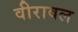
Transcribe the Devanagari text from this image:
वीरावल